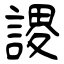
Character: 謖